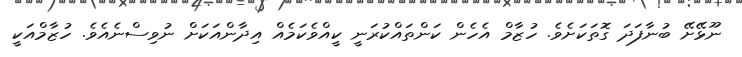
ނޫޅޭށޭ ބުނާފަދަ ގޮތަކަށެވެ. ހުޒާމް އެހެން ކަންތައްކުރަނީ ކީއްވެކަމެއް އިދާންއަކަށް ނުވިސްނެއެވެ. ހުޒާމްއަކީ